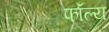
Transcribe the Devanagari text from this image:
फॉल्य